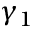
\gamma _ { 1 }